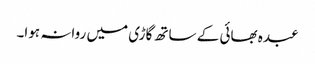
عبدہ بھائی کے ساتھ گاڑی میں روانہ ہوا۔